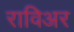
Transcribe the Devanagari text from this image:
राविअर